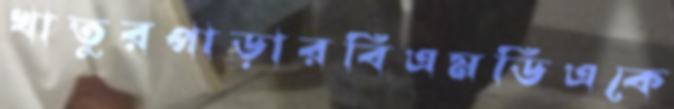
খাতুরপাড়ারবিএমডিএকে